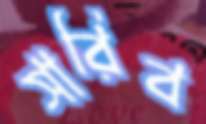
সারিব